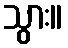
သွား။